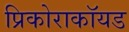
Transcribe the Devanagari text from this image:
प्रिकोराकॉयड